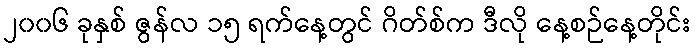
၂၀၀၆ ခုနှစ် ဇွန်လ ၁၅ ရက်နေ့တွင် ဂိတ်စ်က ဒီလို နေ့စဉ်နေ့တိုင်း